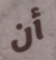
أن